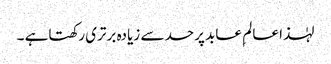
لہٰذا عالم ِ عابد پرحد سے زیادہ برتری رکھتاہے ۔